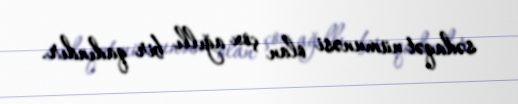
sədaqət nümunəsi olan çox ağıllı bir qadındır.